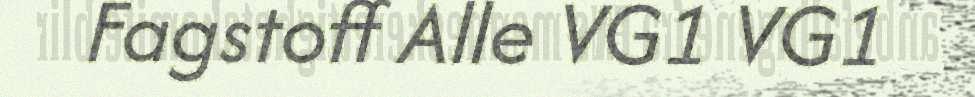
Fagstoff Alle VG1 VG1